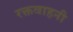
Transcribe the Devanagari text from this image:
रक्तवाहनी